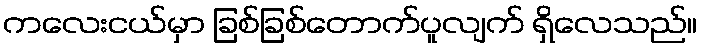
ကလေးငယ်မှာ ခြစ်ခြစ်တောက်ပူလျက် ရှိလေသည်။